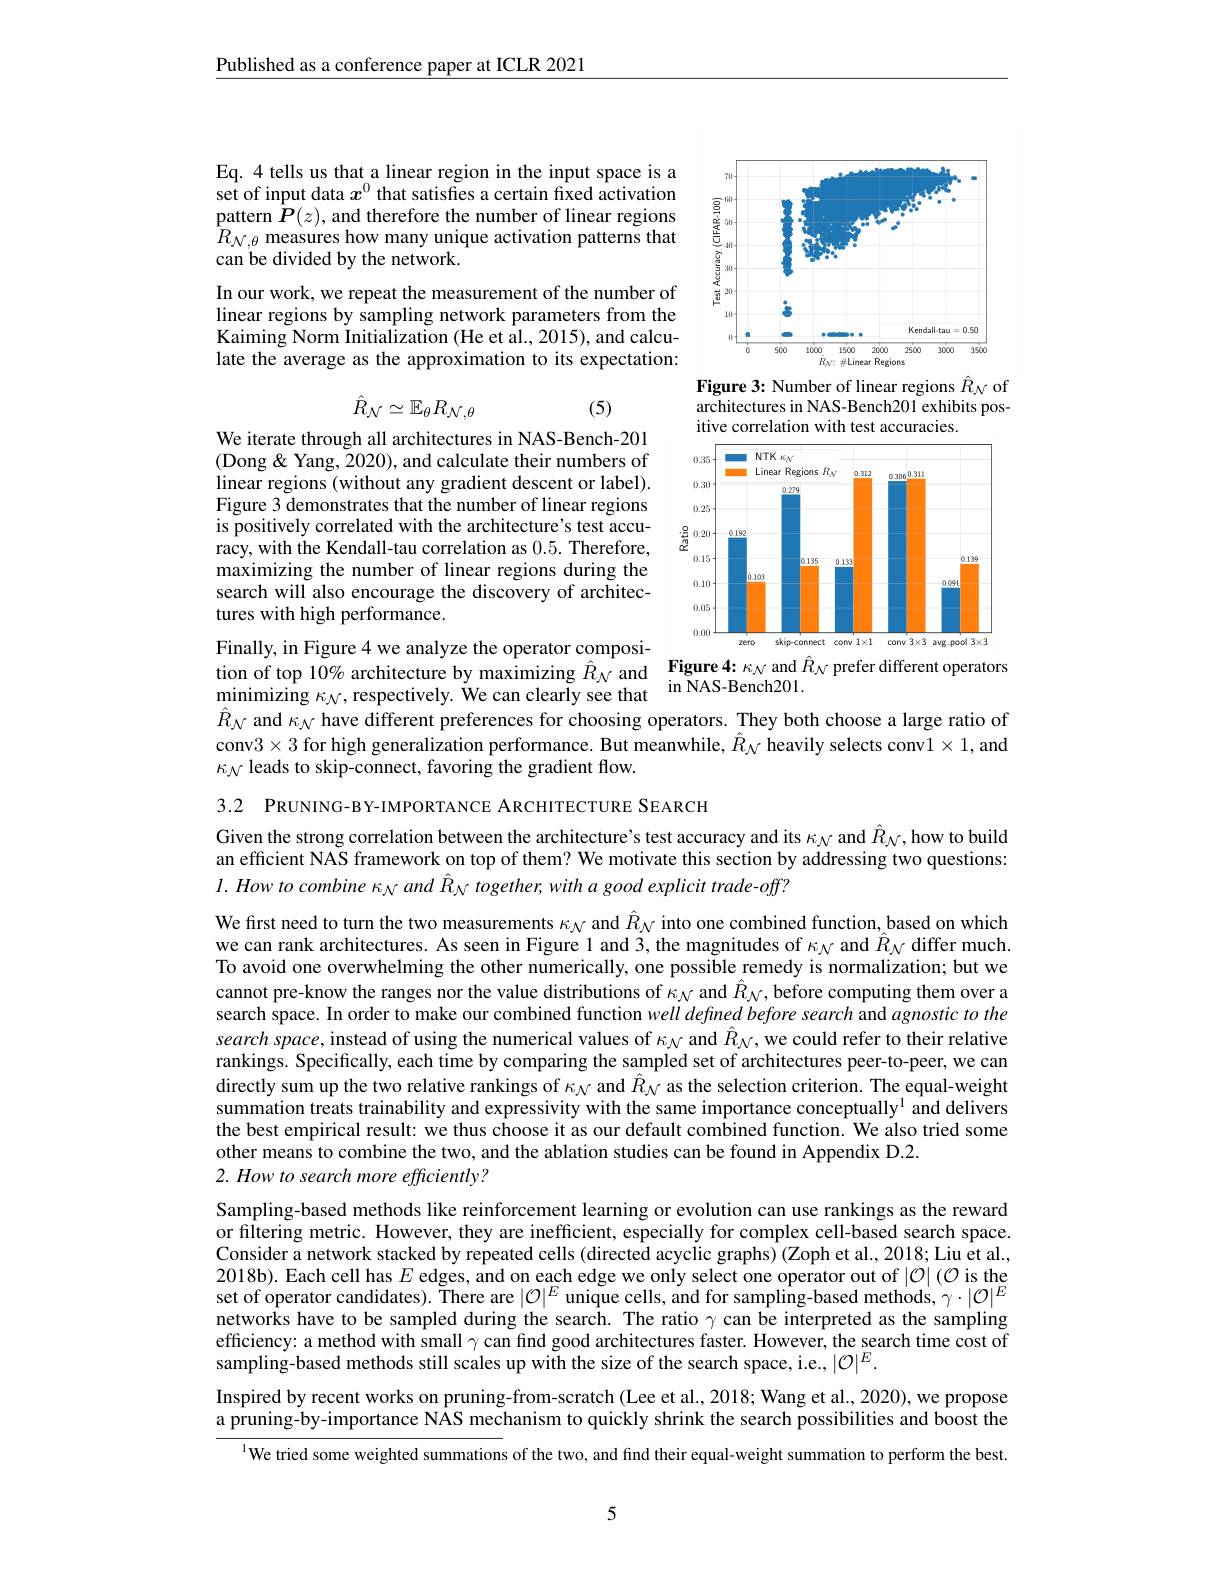
Published as a conference paper at ICLR 2021

Eq. 4 tells us that a linear region in the input space is a set of input data $x^{0}$ that satisfes a certain fixed activation $\underset{\mathrm{pattern~}}{\operatorname*{pattern~}}{\hat{\boldsymbol{P}}}(z)$, and therefore the number of linear regions $\hat{R}_{\mathcal{N},\theta}$ measures how many unique activation patterns that can be divided by the network.

<FigureHere>
Figure 3: Number of linear regions $\hat{R}_{\mathcal{N}}$ of

In our work, we repeat the measurement of the number of linear regions by sampling network parameters from the Kaiming Norm Initialization (He et al., 2015), and calculate the average as the approximation to its expectation:

(5)

architectures in NAS-Bench201 exhibits pos-
itive correlation with test accuracies.
$$\hat{R}_{\mathcal{N}}\simeq\mathbb{E}_{\theta}R_{\mathcal{N},\theta}$$
We iterate through all architectures in NAS-Bench-201 (Dong & Yang, 2020), and calculate their numbers of linear regions (without any gradient descent or label). Figure 3 demonstrates that the number of linear regions is positively correlated with the architecture's test accuracy, with the Kendall-tau correlation as 0.5. Therefore, maximizing the number of linear regions during the search will also encourage the discovery of architectures with high performance.

<FigureHere>

Finally, in Figure 4 we analyze the operator composi-

tion of top 10% architecture by maximizing $\hat{R}_{\mathcal{N}}$ and Figure 4: $\kappa_{\mathcal{N}}$ and $\hat{R}_{\mathcal{N}}$ prefer different operators
$\operatorname*{minimizing}\kappa_{\mathcal{N}}$,respectively. We can clearly see that in NAS-Bench201.

$\hat{R}_{\mathcal{N}}$ and $\kappa_{\mathcal{N}}$ have different preferences for choosing operators. They both choose a large ratio of conv$3\times3$ for high generalization performance. But meanwhile, $\hat{R}_{\mathcal{N}}$ heavily selects conv$1\times1$, and $\kappa_{\mathcal{N}}$ leads to skip-connect, favoring the gradient flow.

3.2 PRUNING-BY-IMPORTANCE ARCHITECTURE SEARCH

Given the strong correlation between the architecture's test accuracy and its $\kappa_{\mathcal{N}}$ and $\hat{R}_{\mathcal{N}}$,how to build an efficient NAS framework on top of them? We motivate this section by addressing two questions: $l.Howtocombine\kappa_{N}and\hat{R}_{N}$ together, with a good explicit trade-off?

We first need to turn the two measurements $\kappa_{N}$ and $\hat{R}_{\mathcal{N}}$ into one combined function, based on which we can rank architectures. As seen in Figure l and 3, the magnitudes of $\kappa_{\mathcal{N}}$ and $\hat{R}_{\mathcal{N}}$ differ much. To avoid one overwhelming the other numerically, one possible remedy is normalization; but we cannot pre-know the ranges nor the value distributions of $\kappa_{N}$ and $\hat{R}_{\mathcal{N}}$,before computing them over a search space. In order to make our combined function well defined before search and agnostic to the search space, instead of using the numerical values of $\kappa_{\mathcal{N}}$ and $\hat{R}_{\mathcal{N}}$,we could refer to their relative rankings. Specifically, each time by comparing the sampled set of architectures peer-to-peer, we can directly sum up the two relative rankings of $\kappa_{N}$ and $\hat{R}_{N}$ as the selection criterion. The equal-weight summation treats trainability and expressivity with the same importance conceptually$^{1}$ and delivers the best empirical result: we thus choose it as our default combined function. We also tried some other means to combine the two, and the ablation studies can be found in Appendix D.2.
2. How to search more efficiently?

Sampling-based methods like reinforcement learning or evolution can use rankings as the reward or filtering metric. However, they are inefficient, especially for complex cell-based search space. Consider a network stacked by repeated cells (directed acyclic graphs) (Zoph et al., 2018; Liu et al., 2018b). Each cell has $E$ edges, and on each edge we only select one operator out of $|\mathcal{O}|(\mathcal{O}$ is the set of operator candidates). There are $|\mathcal{O}|^E$ unique cells, and for sampling-based methods, $\gamma\cdot|\mathcal{O}|^E$ networks have to be sampled during the search. The ratio $\gamma$ can be interpreted as the sampling efficiency: a method with small $\gamma$ can find good architectures faster. However, the search time cost of sampling-based methods still scales up with the size of the search space, i.e., $|\mathcal{O}|^E.$
Inspired by recent works on pruning-from-scratch (Lee et al., 2018; Wang et al., 2020), we propose a pruning-by-importance NAS mechanism to quickly shrink the search possibilities and boost the
$^{\text{l}}$We tried some weighted summations of the two, and find their equal-weight summation to perform the best.

5